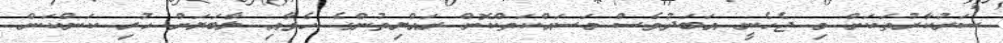
ސަރުކާރުތަކަށް މި ޖެހެނީ އަބަދުވެސް މަސައްކަތްކޮށް ރައްޔިތުންގެ ހެވާއި ލާބަޔަށް ހުރި ކަންކަން